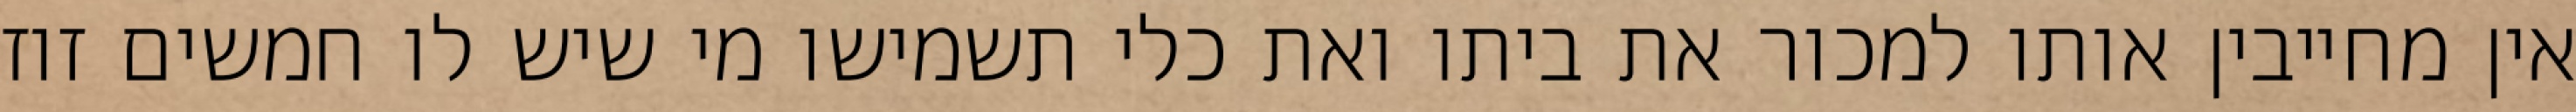
אין מחייבין אותו למכור את ביתו ואת כלי תשמישו מי שיש לו חמשים זוז